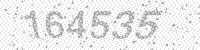
Solution: 164535